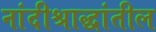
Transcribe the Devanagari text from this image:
नांदीश्राद्धांतील